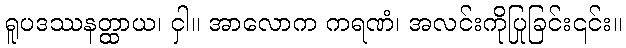
ရူပဒဿနတ္ထာယ၊ ငှါ။ အာလောက ကရဏံ၊ အလင်းကိုပြုခြင်း၎င်း။